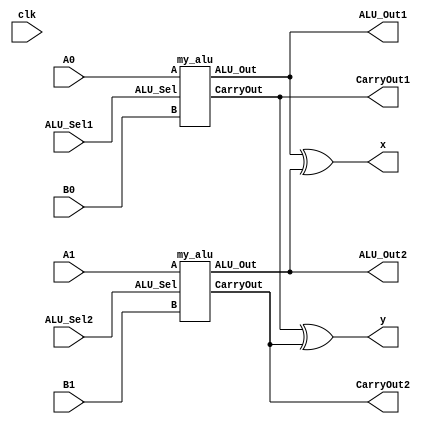
module my_alu_xor(
`ifdef USE_POWER_PINS
	inout vccd1,    // User area 1 1.8V supply
	inout vssd1,    // User area 1 digital ground
`endif
input clk,
input [7:0] A0,B0,A1,B1,  // ALU 8-bit Inputs
input [1:0] ALU_Sel1,ALU_Sel2,// ALU Selection
output [7:0] ALU_Out1,ALU_Out2, // ALU 8-bit Output
output CarryOut1,CarryOut2, // Carry Out Flag
output [7:0] x,
output y
);

my_alu alu_1(
.A (A0),
.B (B0),
.ALU_Sel (ALU_Sel1),
.ALU_Out (ALU_Out1),
.CarryOut (CarryOut1)
);

my_alu alu_2(
.A (A1),
.B (B1),
.ALU_Sel (ALU_Sel2),
.ALU_Out (ALU_Out2),
.CarryOut (CarryOut2)
);


assign x[7:0] = ALU_Out1[7:0] ^ ALU_Out2[7:0];
assign y = CarryOut1 ^ CarryOut2;
always @(*)
begin
if (x!=0)
$display ("Faulty ALU");
else
$display ("ALU is right");
if (y!=0)
$display ("Faulty Carry");
else
$display ("Carry is right");
end


endmodule

module my_alu(
input [7:0] A,B,  // ALU 8-bit Inputs                 
input [1:0] ALU_Sel,// ALU Selection
output [7:0] ALU_Out, // ALU 8-bit Output
output CarryOut // Carry Out Flag
);
reg [8:0] ALU_Result;

assign ALU_Out = ALU_Result[7:0]; // ALU out
assign CarryOut = ALU_Result[8]; 

always @(*)
begin
case(ALU_Sel)
2'b00: // Addition
ALU_Result = A + B ; 
2'b01: // Subtraction
ALU_Result = A - B ;
2'b10: // and
ALU_Result = A & B;
2'b11: // or
ALU_Result = A | B;

default: ALU_Result = A + B ; 
endcase
end

endmodule